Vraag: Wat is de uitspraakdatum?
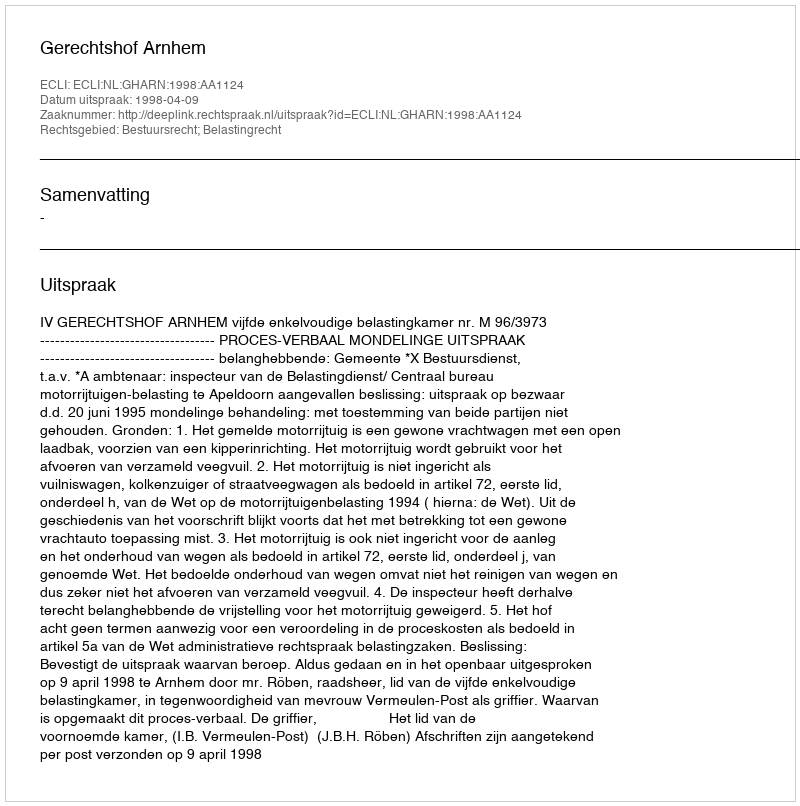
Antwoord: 1998-04-09